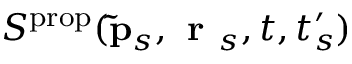
S ^ { \mathrm { p r o p } } ( \mathbf { \tilde { p } } _ { s } , \textbf { r } _ { s } , t , t _ { s } ^ { \prime } )